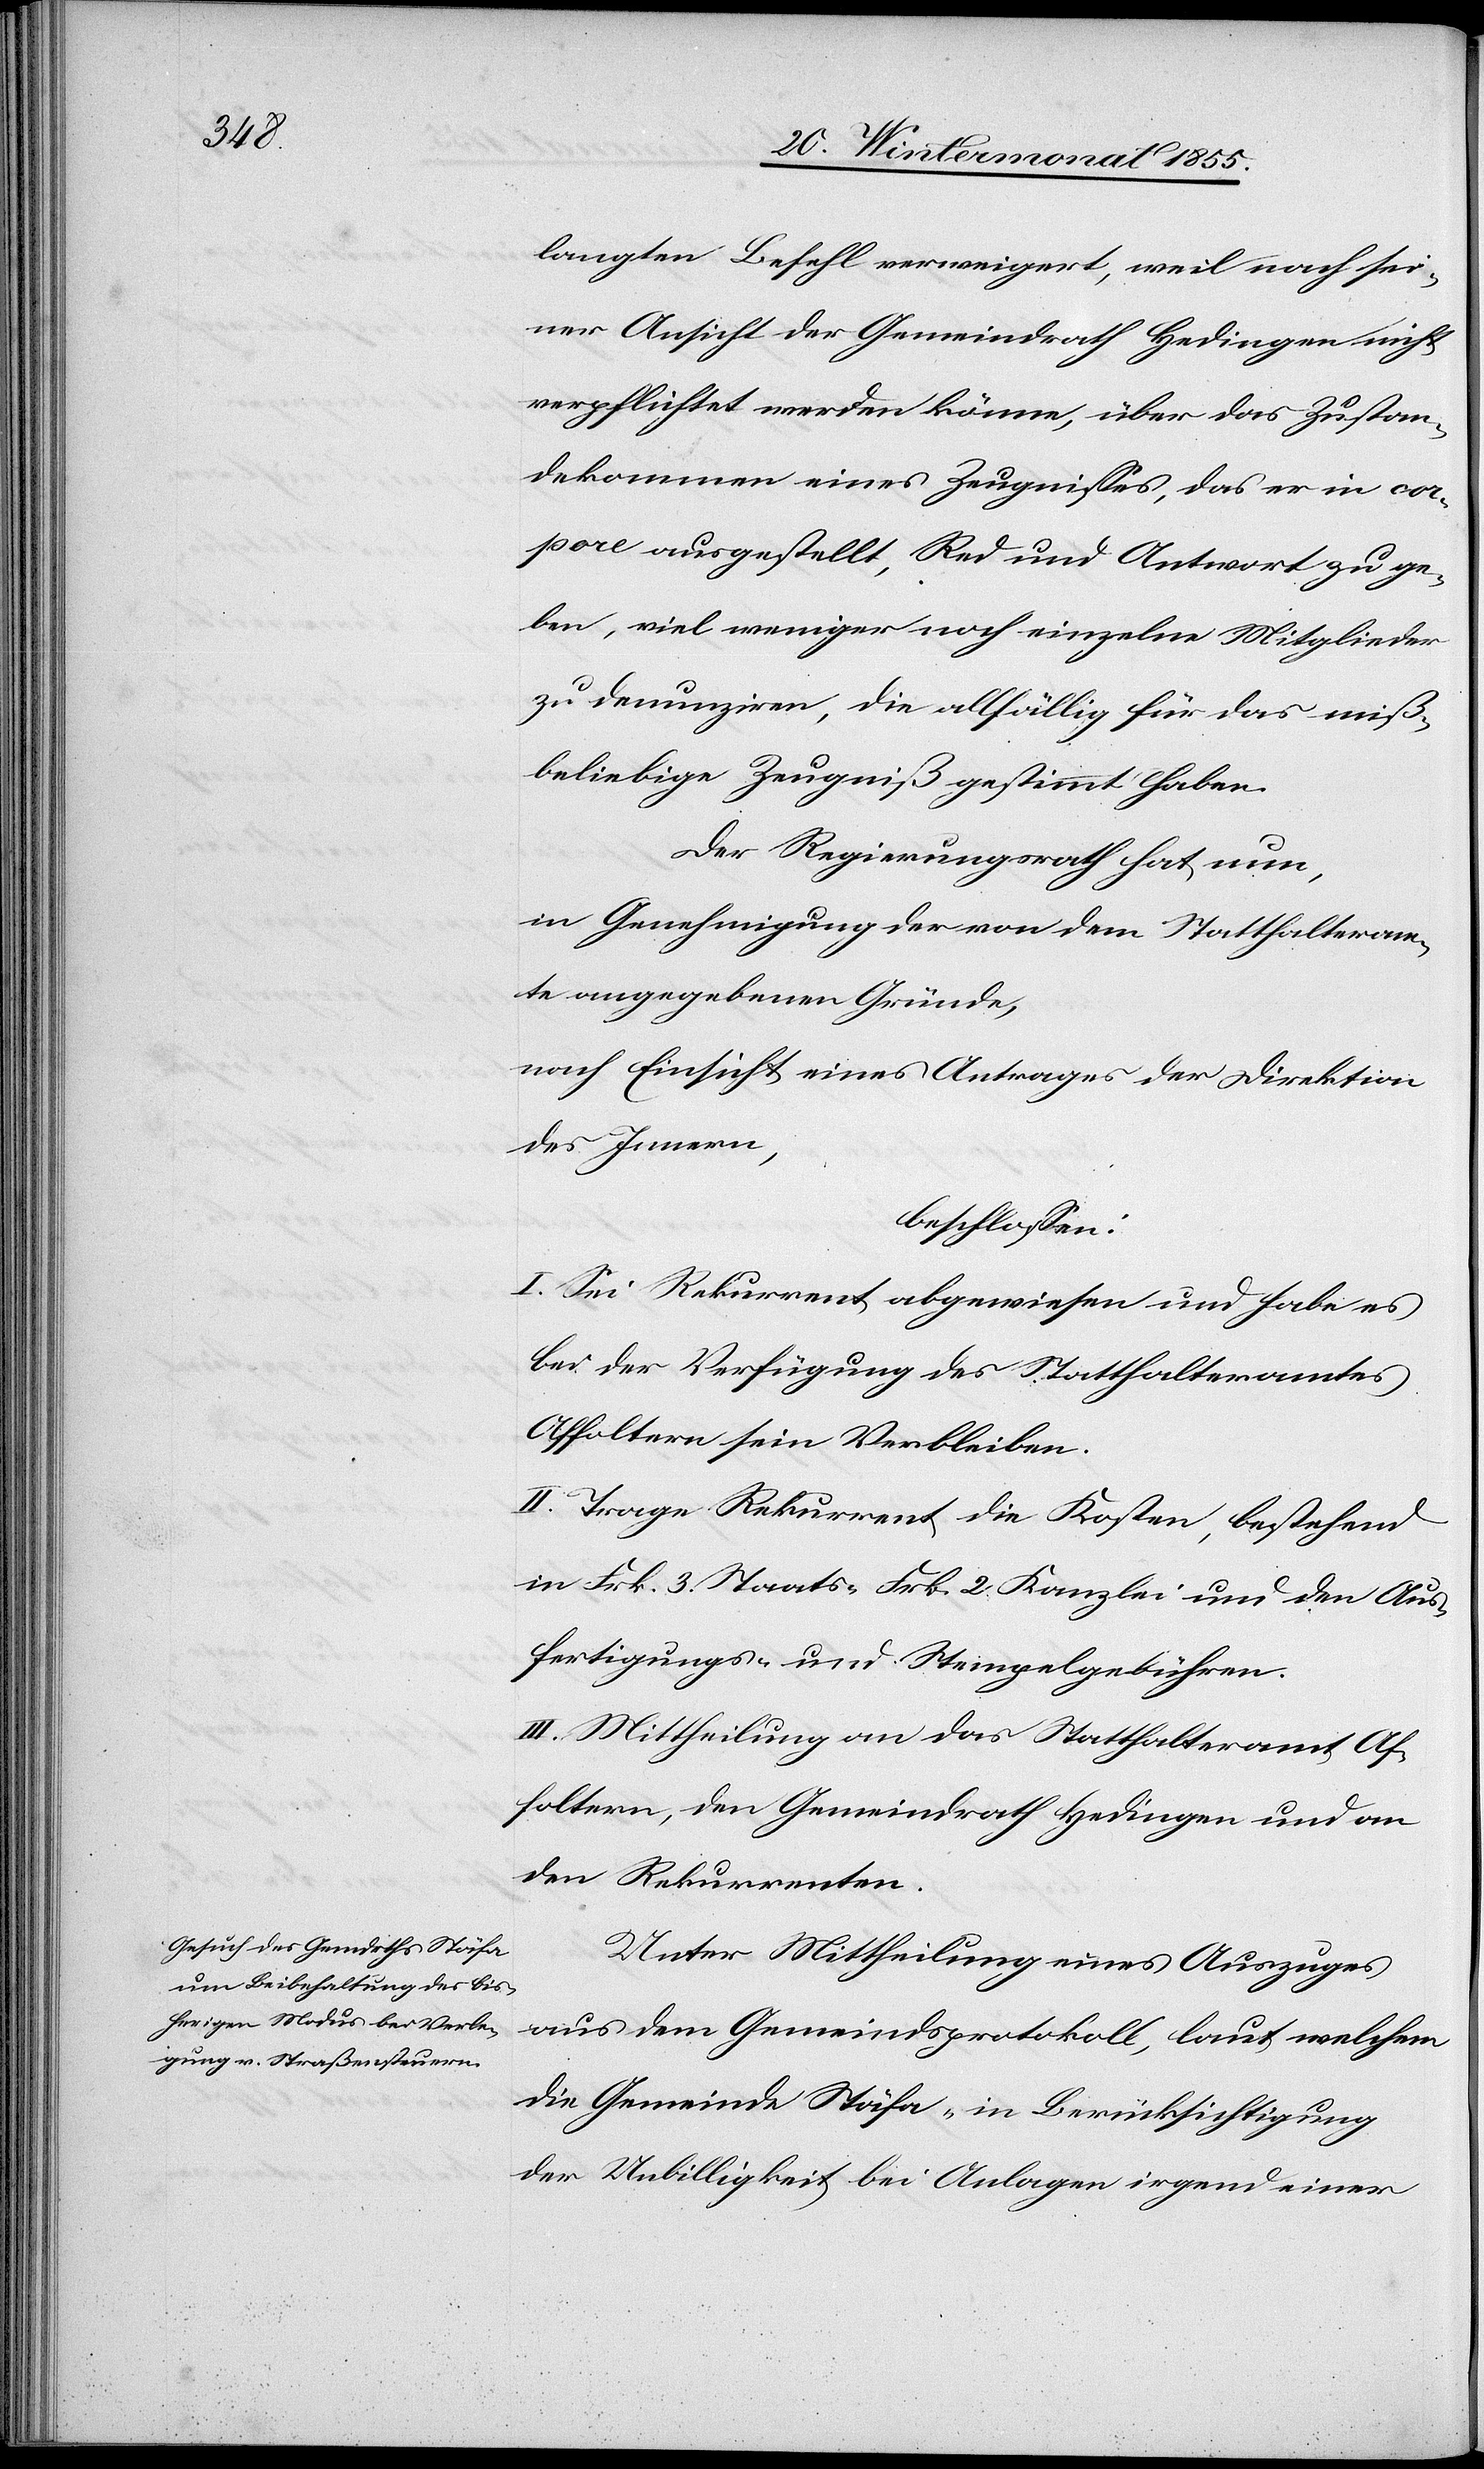
langten Befehl verweigert, weil nach sei¬
ner Ansicht der Gemeindrath Hedingen nicht
verpflichtet werden könne, über das Zustan¬
dekommen eines Zeugnisses, das er in cor¬
pore ausgestellt, Red und Antwort zu ge¬
ben, viel weniger noch einzelne Mitglieder
zu denunziren, die allfällig für das miß¬
beliebige Zeugniß gestimmt haben.
Der Regierungsrath hat nun,
in Genehmigung der von dem Statthalteram¬
te angegebenen Gründe,
nach Einsicht eines Antrages der Direktion
des Innern,
beschlossen:
I. Sei Rekurrent abgewiesen und habe es
bei der Verfügung des Statthalteramtes
Affoltern sein Verbleiben.
II. Trage Rekurrent die Kosten, bestehend
in Frk. 3. Staats-[,] Frk. 2 Kanzlei[-] und den Aus¬
fertigungs- und Stempelgebühren.
III. Mittheilung an das Statthalteramt Af¬
foltern, den Gemeindrath Hedingen und an
den Rekurrenten.
Unter Mittheilung eines Auszuges
aus dem Gemeindsprotokoll, laut welchem
die Gemeinde Stäfa „in Berücksichtigung
der Unbilligkeit bei Anlagen irgend einer